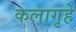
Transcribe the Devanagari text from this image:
कलागृहे